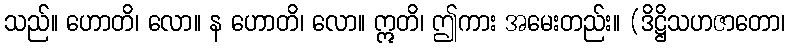
သည်။ ဟောတိ၊ လော။ န ဟောတိ၊ လော။ ဣတိ၊ ဤကား အမေးတည်း။ (ဒိဋ္ဌိသဟဇာတော၊